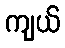
ကျယ်